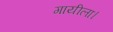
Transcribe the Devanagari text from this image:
गायीला।